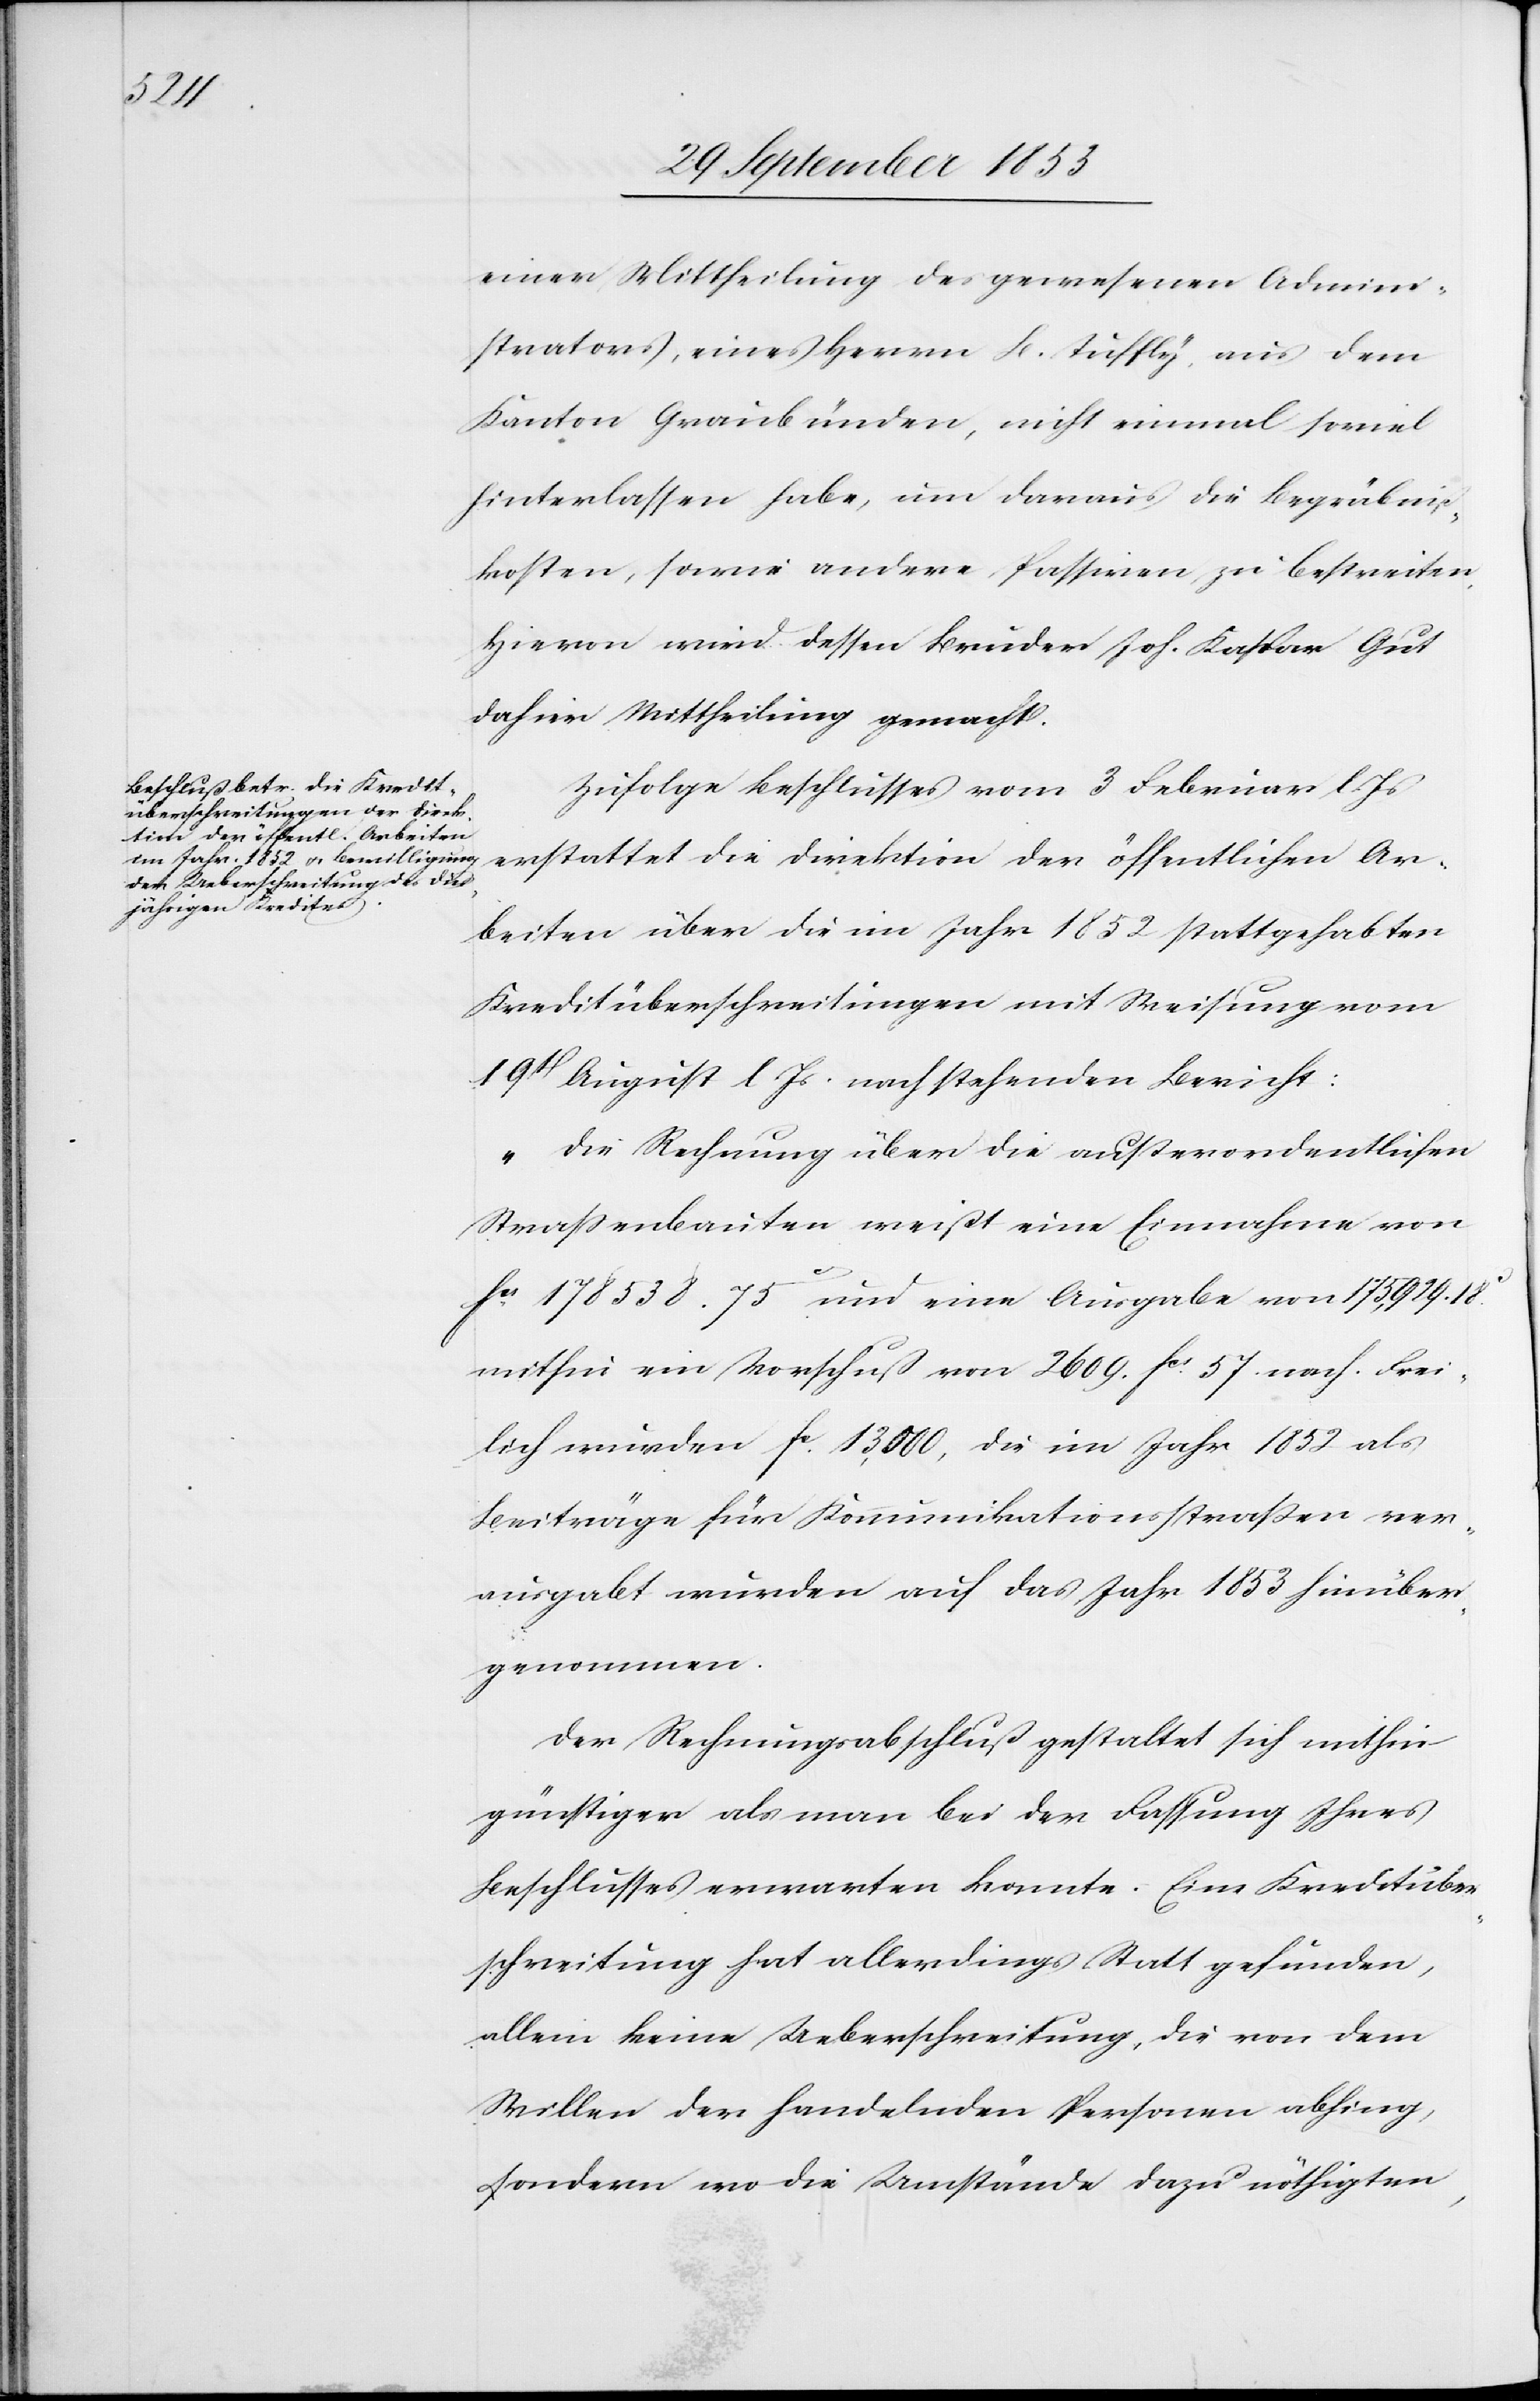
einer Mittheilung des gewesenen Admini¬
strators, eines Herrn Sc. Tuffly, aus dem
Kanton Graubünden, nicht einmal soviel
hinterlassen habe, um daraus die Begräbniß¬
kosten, sowie andere Passiven zu bestreiten.
Hievon wird dessen Bruder Joh. Kaspar gut
dahin Mittheilung gemacht.
Zufolge Beschlusses vom 3 Februar l.
erstattet die Direktion der öffentlichen Ar¬
beiten über die im Jahr 1852 stattgehabten
Kreditüberschreitungen mit Weisung vom
19t August l. Js. nach stehenden Bericht:
„Die Rechnung über die außerordentlichen
Straßenbauten weist eine Einnahme von
fcs 178 538. 75c und eine Ausgabe von 175,929. 18c
mithin ein Vorschuß von 2609. fcs 57 nach. Frei¬
lich wurden fc 13,000, die im Jahr 1852 als
Beiträge für Kommunikationsstraßen ver¬
ausgabt wurden auf das Jahr 1853 hinüber
genommen.
Der Rechnungsabschluß gestaltet sich mithin
günstiger als man bei der Faßung Ihres
Beschlusses erwarten konnte. Eine Kreditüber¬
schreitung hat allerdings Statt gefunden,
alleine keine Ueberschreitung, die von dem
Willen der handelnden Personen abhing,
sondern wo die Umstände dazu nöthigten,